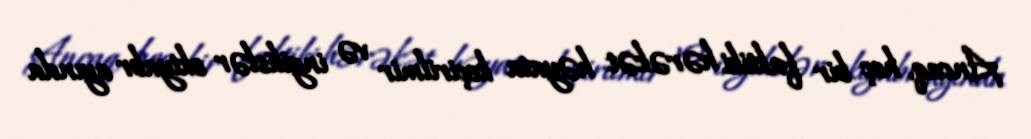
Ancaq, heç bir faktiki hərəkət həyata keçirilmir və ingilislər oktyabr ayında